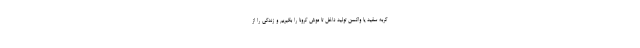
گربه سفید یا واکسن تولید داخل تا موش کرونا را بگیریم و زندگی را از